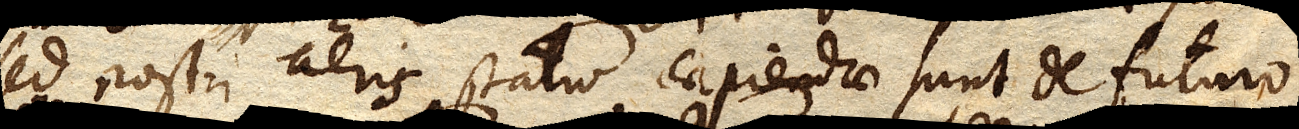
sed nostri aeris statu capiendae sunt de futuro